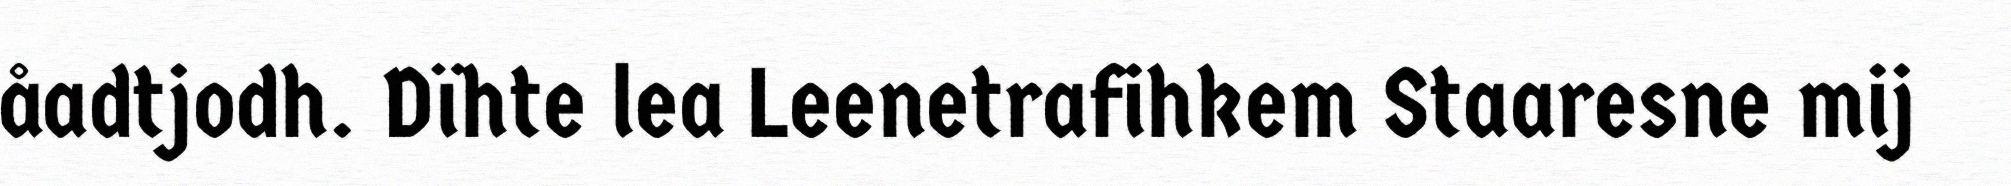
åadtjodh. Dïhte lea Leenetrafihkem Staaresne mij